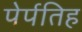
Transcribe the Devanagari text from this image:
पेर्पतिह